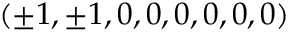
\left( \pm 1 , \pm 1 , 0 , 0 , 0 , 0 , 0 , 0 \right)